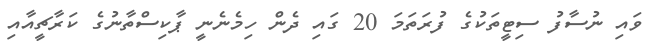
ވައި ނުސާފު ސިޓީތަކުގެ ފުރަތަމަ 20 ގައި ދެން ހިމެނެނީ ޕާކިސްތާނުގެ ކަރާޗީއާއި